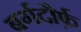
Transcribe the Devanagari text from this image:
बर्गदौर्फ़